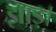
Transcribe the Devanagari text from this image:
झाड़।